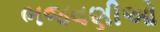
ભજવણીઓ